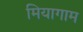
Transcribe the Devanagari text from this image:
मियागाम